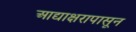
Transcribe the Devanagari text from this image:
आद्याक्षरापासून